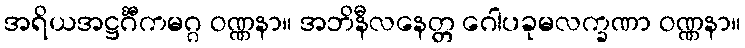
အရိယအဋ္ဌင်္ဂီကမဂ္ဂ ဝဏ္ဏနာ။ အဘိနီလနေတ္တ ဂေါပခုမလက္ခဏာ ဝဏ္ဏနာ။